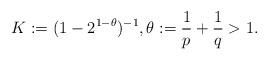
LaTeX: \begin{align*} K:=(1-2^{1-\theta})^{-1},\theta := \frac{1}{p} + \frac{1}{q} >1. \end{align*}